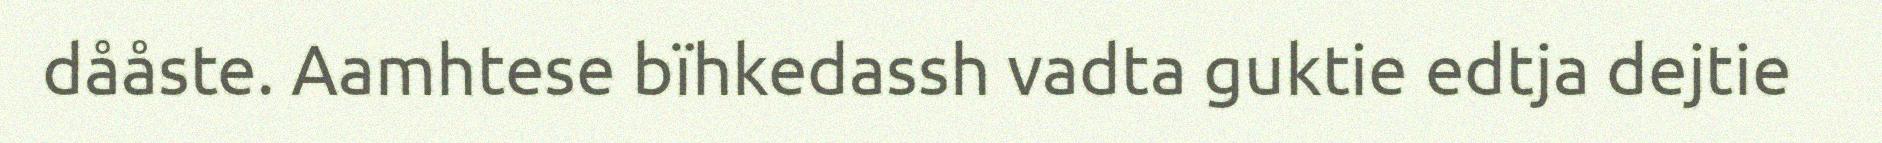
dååste. Aamhtese bïhkedassh vadta guktie edtja dejtie